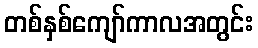
တစ်နှစ်ကျော်ကာလအတွင်း